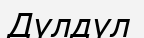
Дүлдүл